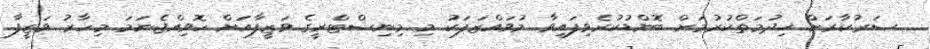
ސަރުކާރަށް ޚިދުމަތްކުރުމަށް ބޮންޑުކުރެވިފައިވާ މުވައްޒަފަކު މި މިނިސްޓްރީގެ ވަޒީފާއަށް ހޮވިއްޖެނަމަ މިހާރު ވަޒީފާ